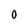
Character: 0